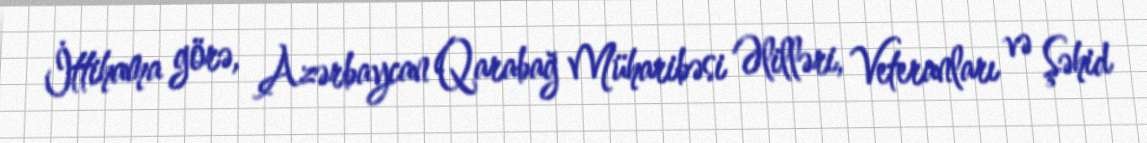
İttihama görə, Azərbaycan Qarabağ Müharibəsi Əlilləri, Veteranları və Şəhid